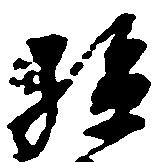
孫